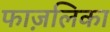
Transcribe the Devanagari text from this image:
फाज़लिका